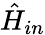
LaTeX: \hat{H}_{in}